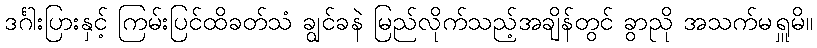
ဒင်္ဂါးပြားနှင့် ကြမ်းပြင်ထိခတ်သံ ချွင်ခနဲ မြည်လိုက်သည့်အချိန်တွင် ခွာညို အသက်မရှူမိ။